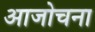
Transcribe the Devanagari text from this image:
आजोचना